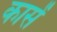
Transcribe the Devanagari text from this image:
कासें